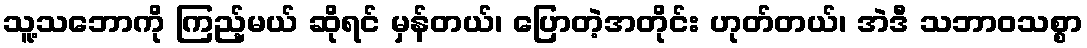
သူ့သဘောကို ကြည့်မယ် ဆိုရင် မှန်တယ်၊ ပြောတဲ့အတိုင်း ဟုတ်တယ်၊ အဲဒီ သဘာဝသစ္စာ